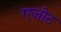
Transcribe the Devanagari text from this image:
एजोट